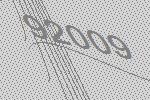
92009